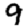
Digit: 9